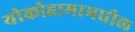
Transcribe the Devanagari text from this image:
योकोहामामधील